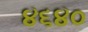
૪૬૪૦